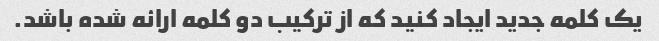
یک کلمه جدید ایجاد کنید که از ترکیب دو کلمه ارائه شده باشد.